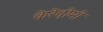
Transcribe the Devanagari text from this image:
केरेदोमो